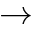
\rightarrow